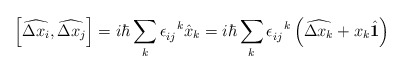
\begin{align*} \left[ \widehat{\Delta x_i}, \widehat{\Delta x_j} \right] = i\hbar\sum_k \epsilon_{ij}^{\ \ k} \hat{x}_k = i \hbar \sum_k\epsilon_{ij}^{\ \ k} \left( \widehat{\Delta x_k} + x_k\hat{\mathbf{1}} \right)\end{align*}